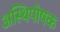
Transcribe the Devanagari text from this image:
अस्थिपोषक